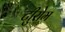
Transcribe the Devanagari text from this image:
टीुरोम